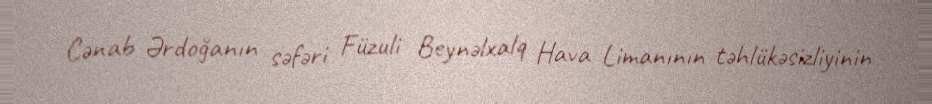
Cənab Ərdoğanın səfəri Füzuli Beynəlxalq Hava Limanının təhlükəsizliyinin